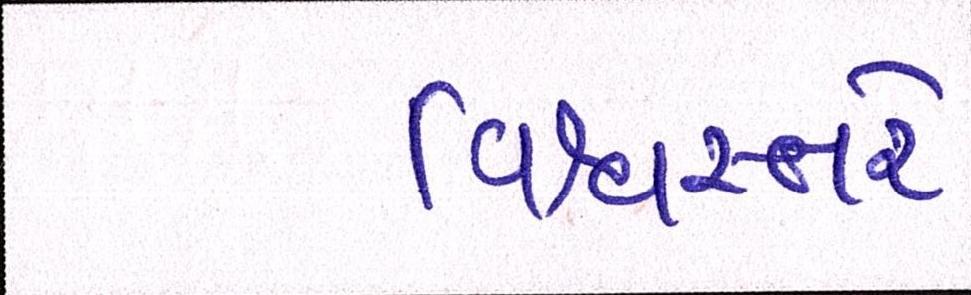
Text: વિશ્વસ્તરે